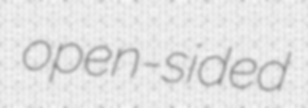
open-sided